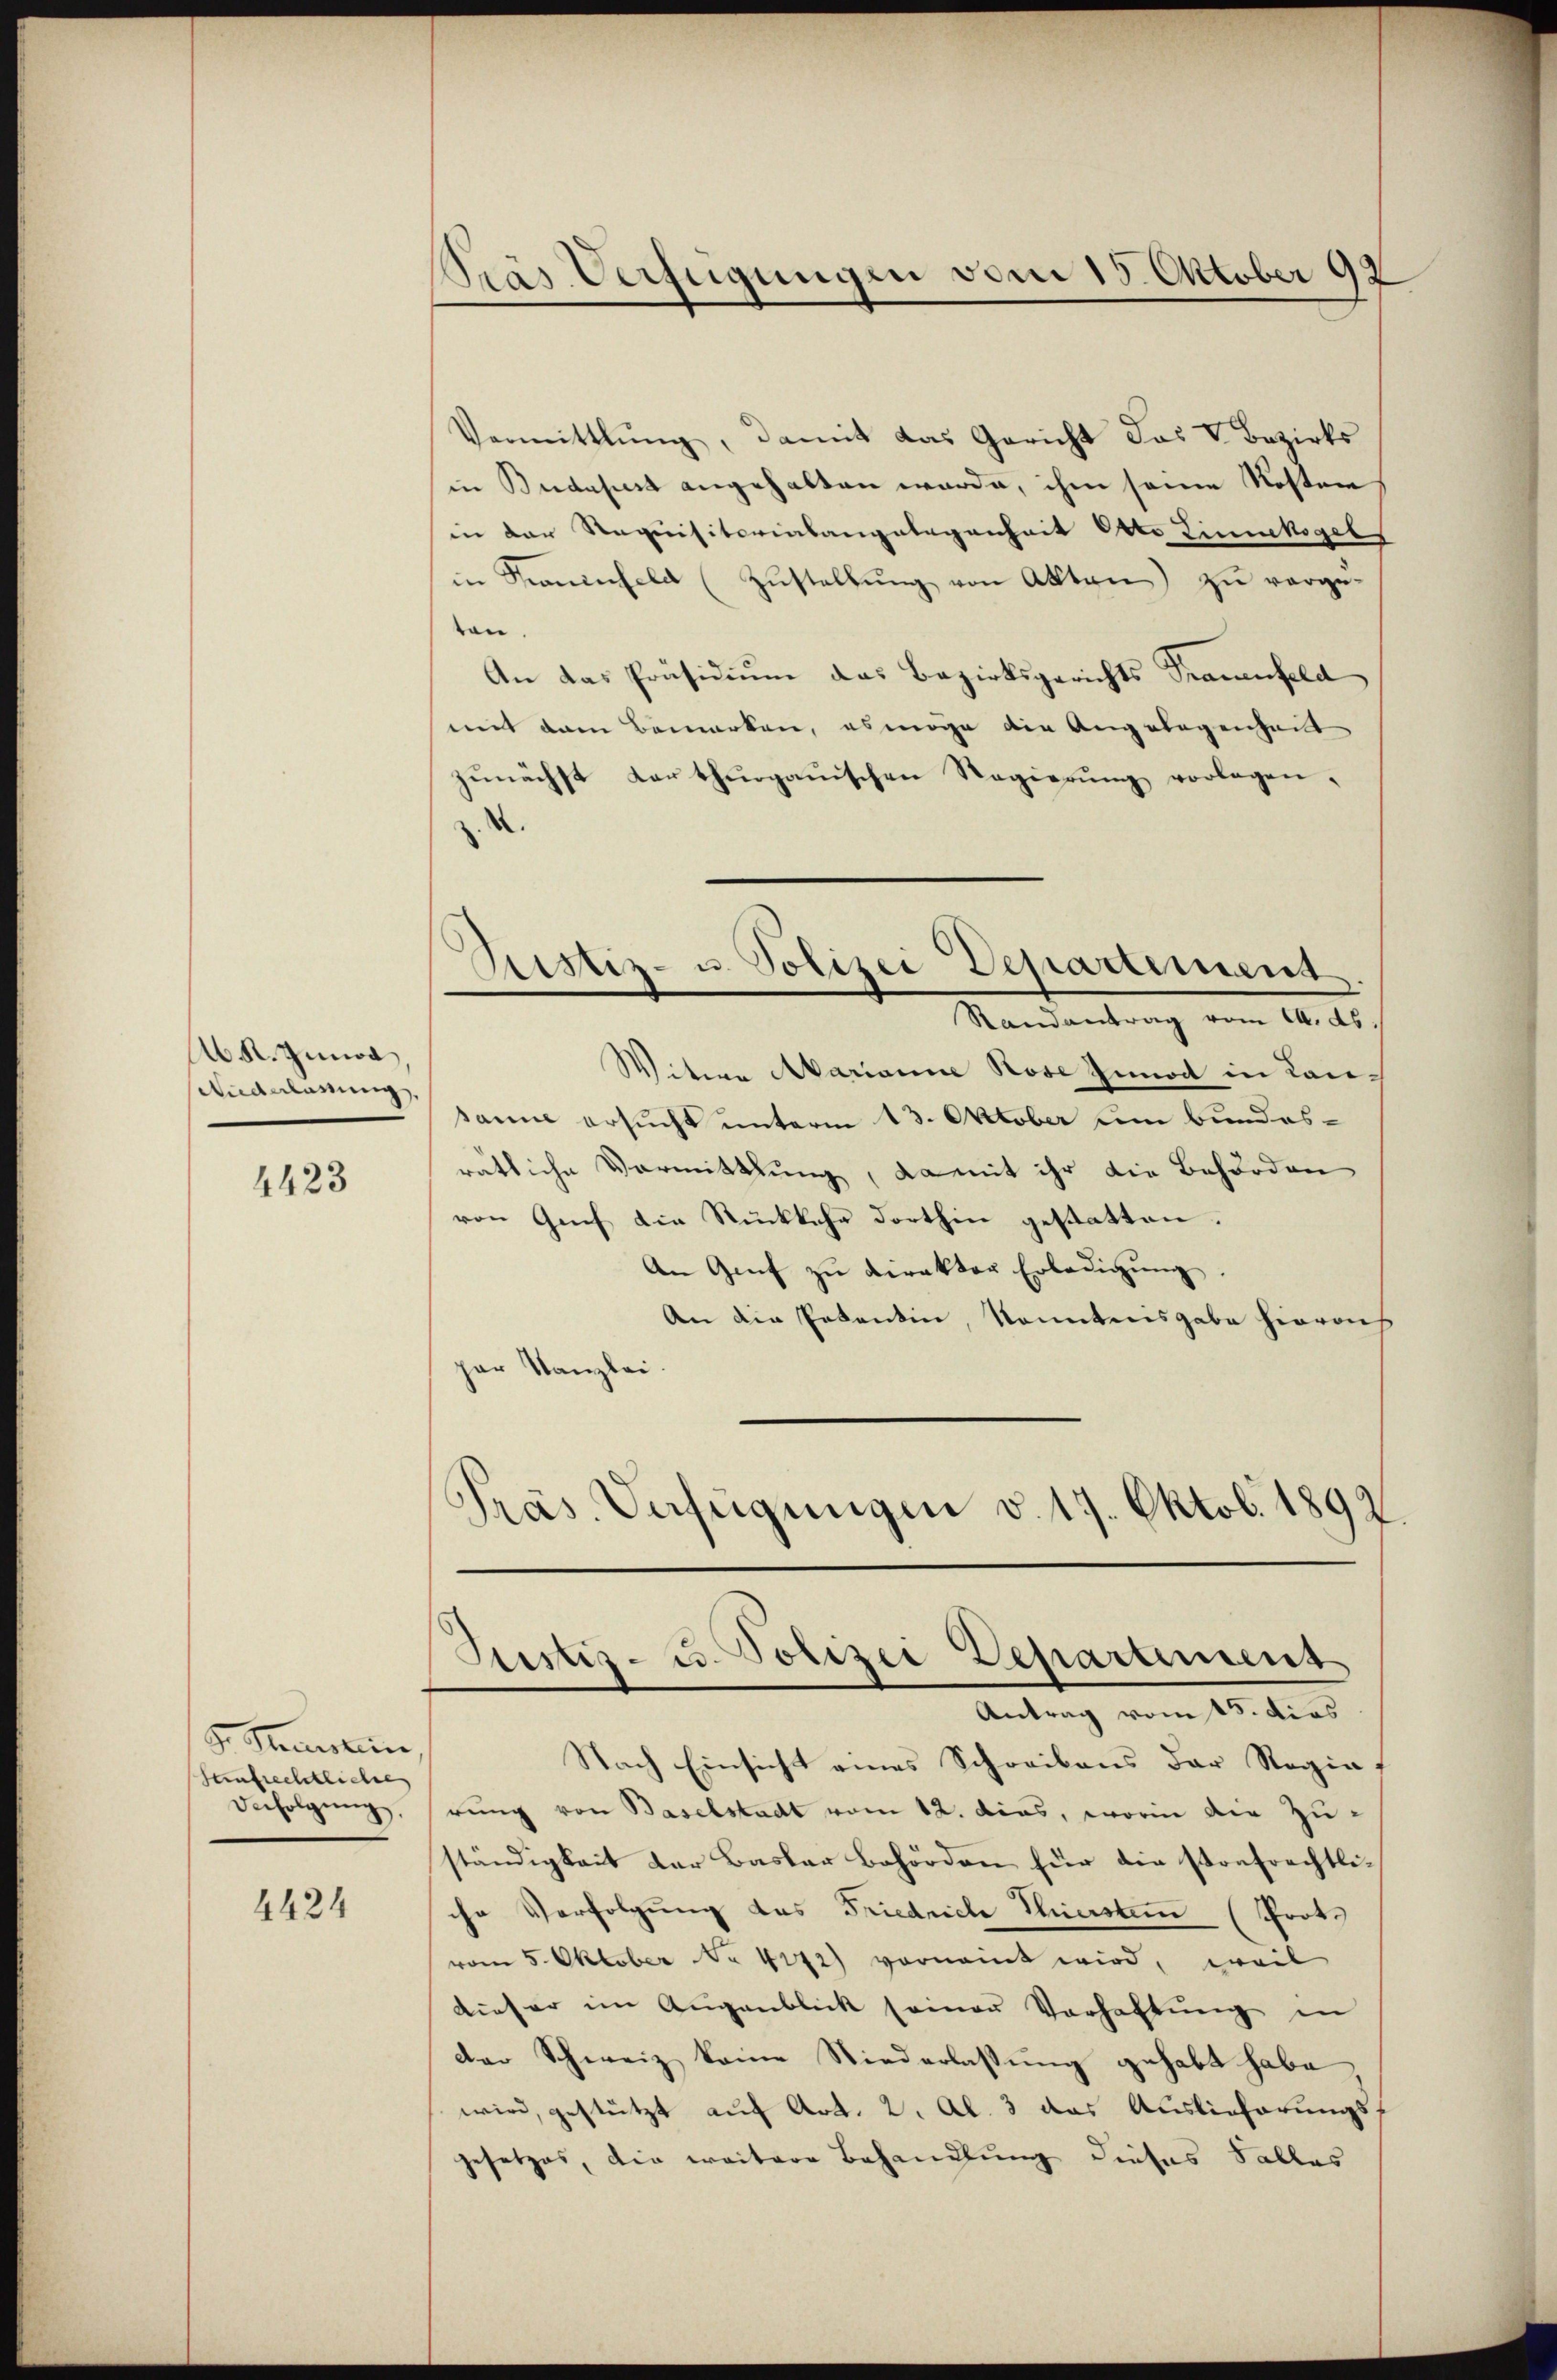
Ab R. Zina,
Ananlassung,

4423

F. Steuerstein
Sunfrechtliche
Befolgung,

4424

Pras Verfügungen vom 15. Oktober 92

Vermittlung, damit das Gericht das V. Bezirks
in Budapest angehalten werde, ihm seine Kosten
in der Requisitorialangelegenheit Otto Zinnkogels
in Kaminfeld (Zŭstellŭng von Akten) zu vorge-
ten
An das Präsidium das Bezirksgerichts Frauenfeld
mit dem Bemerken, es möge die Angelegenheit
zŭnächst darthurgauischen Regierŭng vorlagen.
¬
Randantrag vom 14. ds
Witwe Marianne Rose Innod in Lansam ersucht unterm 13. Oktober um Bundesrätliche Vormittlung, damit ihr die Behörden
von Genf die Rückkehr dorthin gestatten.
An Genf zŭ direktor Erledigŭng.
An die Petentin, konntnisgabe hierauf
par Kanzlei.
Prás Verfügungen d. 17. Oktob. 1892.

Ristiz- u. Polizei Departement

Justiz- u. Polizei Departement
Antrag vom 15. dies

Nach Einsicht eines Schreibens der Regia
rung von Baselstadt vom 12. dies, worin die Zuständigkeit der Basler behörden für die stoufrechtliche Verfolgung des Friedrich Thiersten (Prot.
vom 5. Oktober No 4272) vornannt wird, weil
dieser im Augenblick seiner Verhaltŭng in
der Schweiz keine Niederlassung gehabt habe,
wird, gestützt auf Art. 2. Al. 3 das Auslieferungsgesetzes, die weitere Behandlung dieses Salles